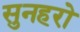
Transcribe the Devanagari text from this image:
सुनहरो